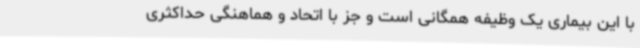
با این بیماری یک وظیفه همگانی است و جز با اتحاد و هماهنگی حداکثری